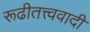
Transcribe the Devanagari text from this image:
रूढीतत्त्ववादी